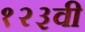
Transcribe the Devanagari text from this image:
१२३वी